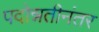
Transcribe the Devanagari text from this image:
पदोन्नतीनंतर